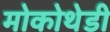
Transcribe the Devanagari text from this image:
मोकोथेडी